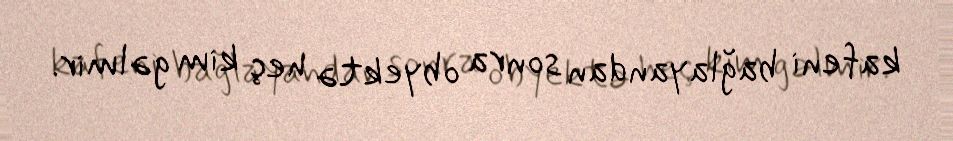
kafeni bağlayandan sonra obyektə heç kim gəlmir.